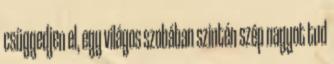
csüggedjen el, egy világos szobában szintén szép nagyot tud